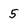
Character: 5